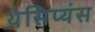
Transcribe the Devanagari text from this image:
थेसिप्यंस